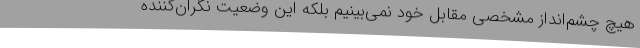
هیچ چشم‌انداز مشخصی مقابل خود نمی‌بینیم بلکه این وضعیت نگران‌کننده